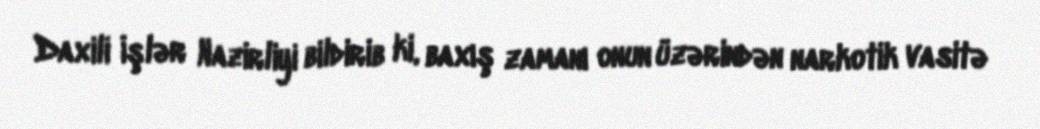
Daxili İşlər Nazirliyi bildirib ki, baxış zamanı onun üzərindən narkotik vasitə